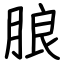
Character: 朖